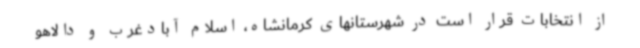
از انتخابات قرار است در شهرستانهای کرمانشاه، اسلام آبادغرب و دالاهو